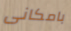
بامكانى